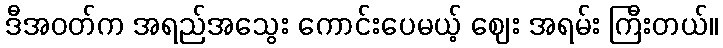
ဒီအဝတ်က အရည်အသွေး ကောင်းပေမယ့် ဈေး အရမ်း ကြီးတယ်။